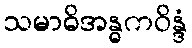
သမာဓိအန္ဓကဝိန္ဒံ